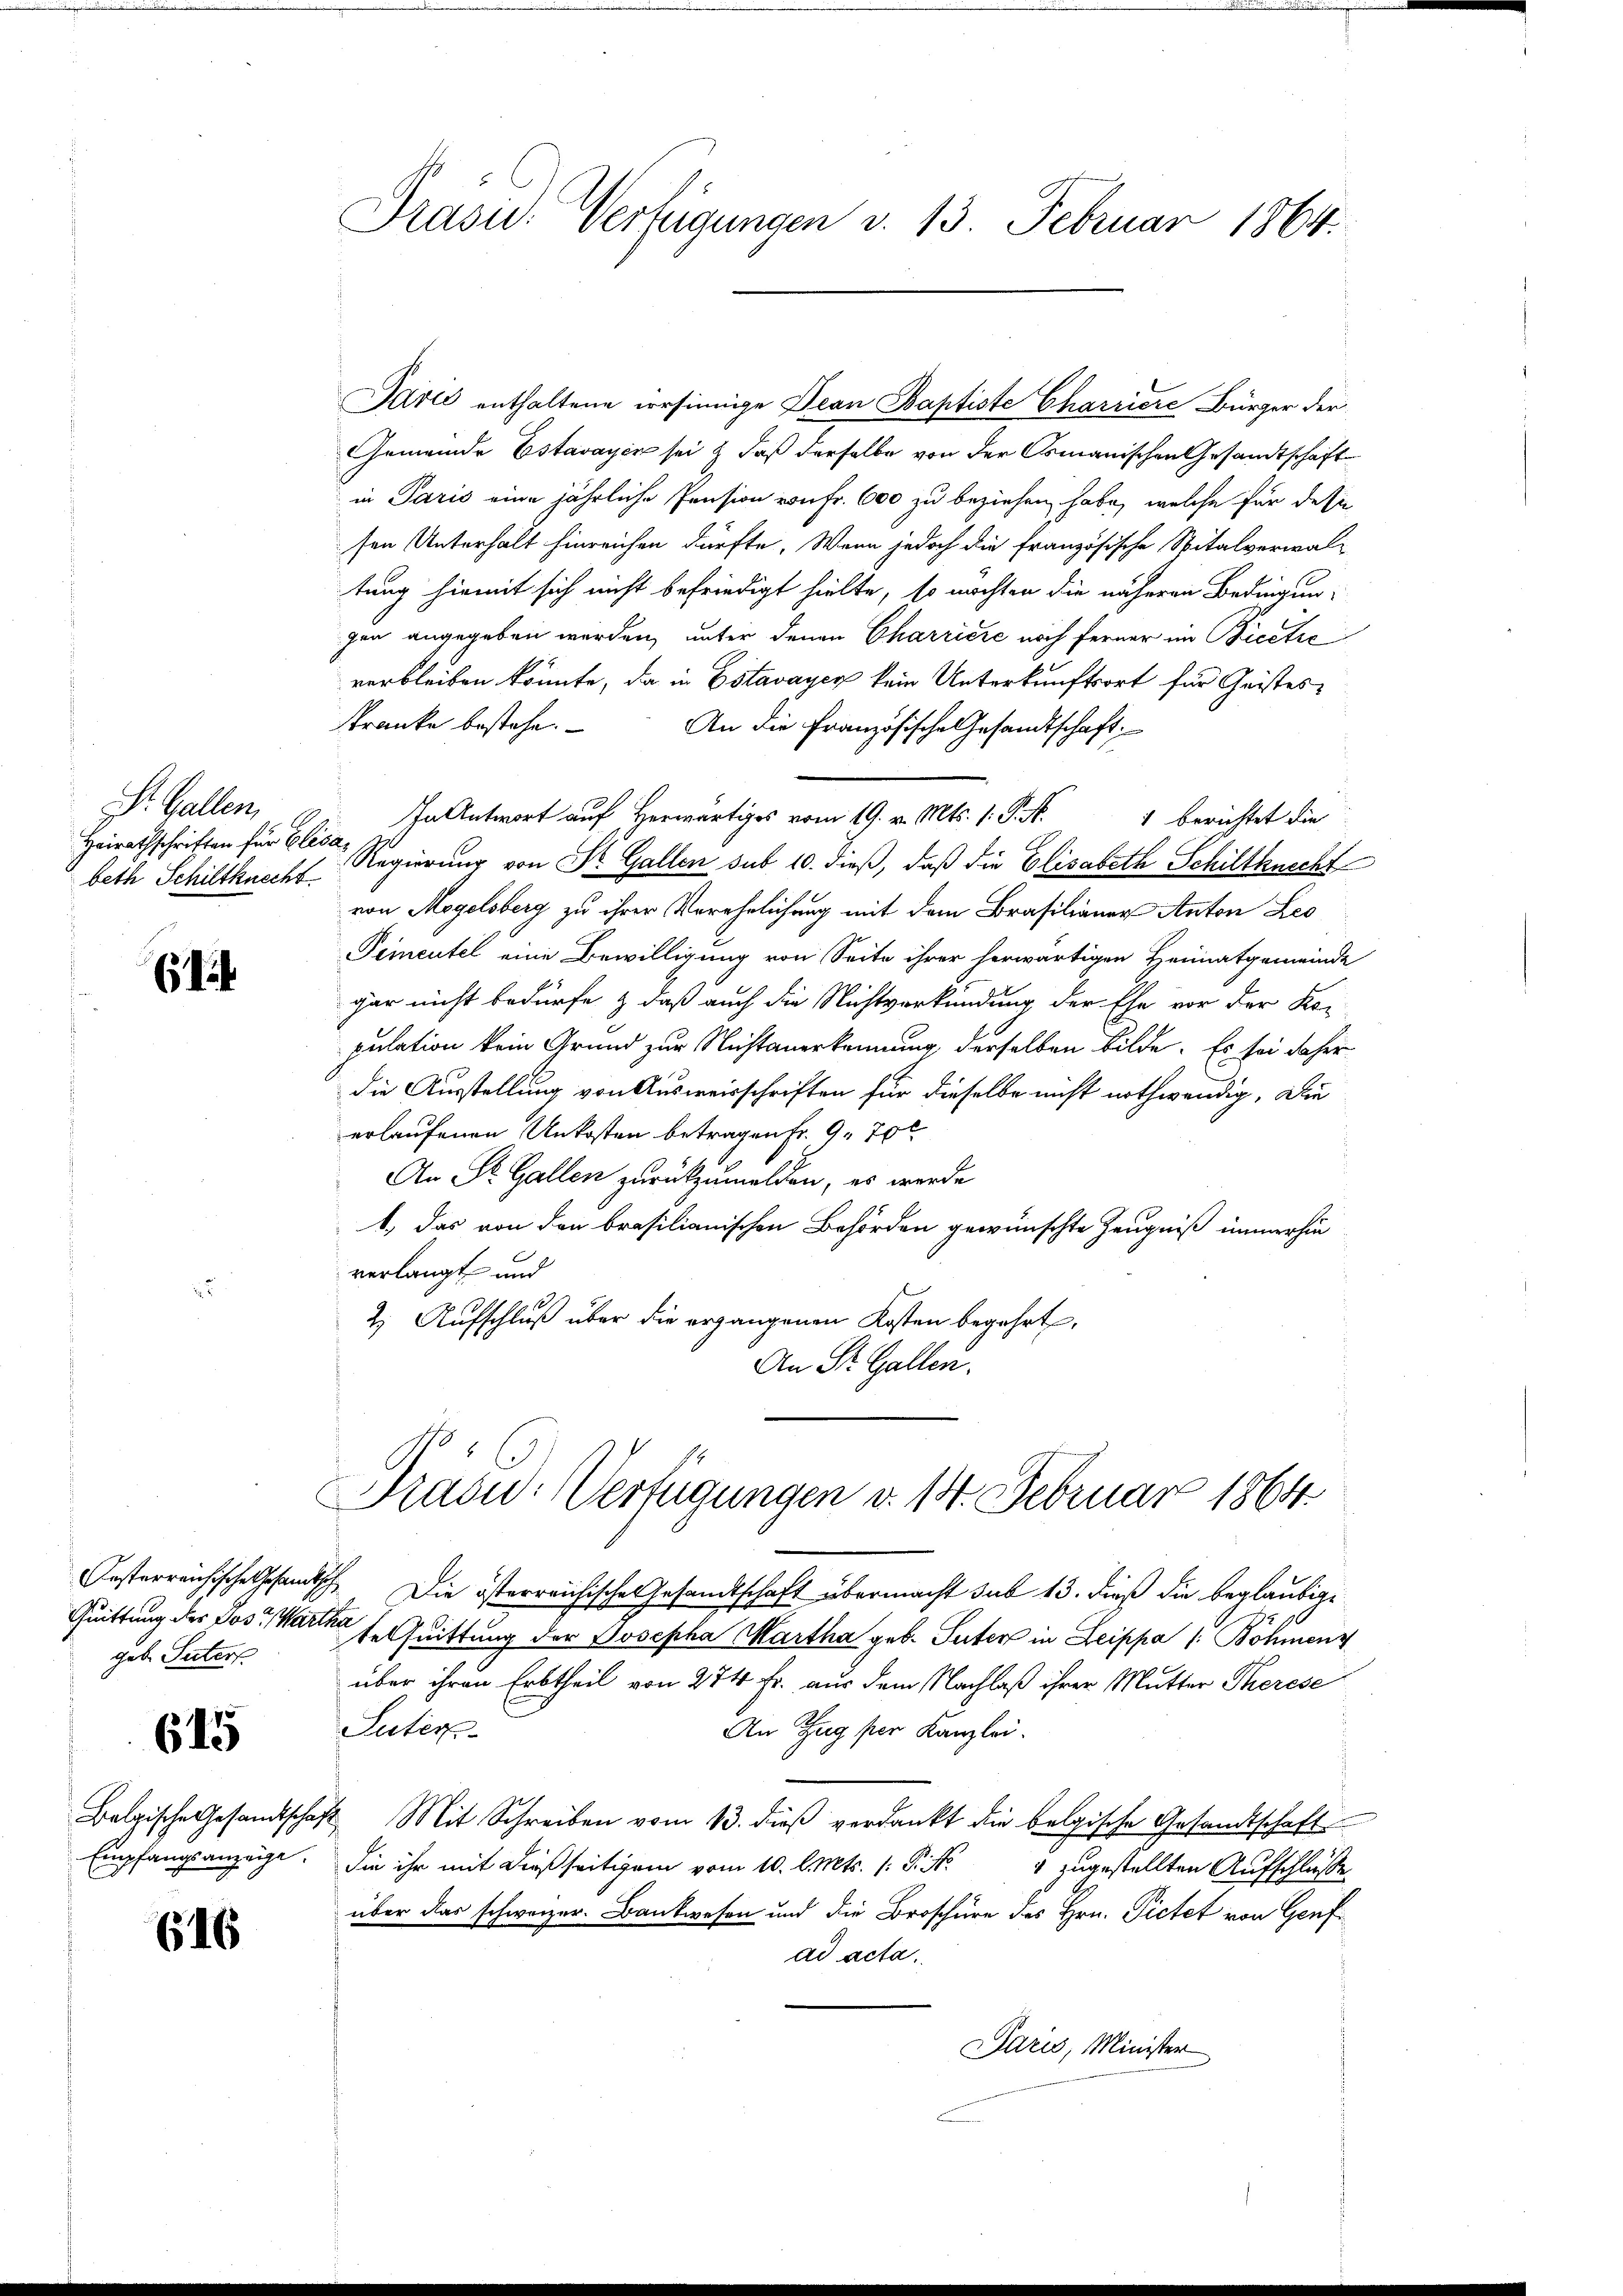
r. Gallen,
Heirathschriften für Elisabeth Schiltkuscht

6

geb. Suters

615

Empfangsanzeige.

616

Präsid. Verfügungen v. 13. Februar 1864.

Jaris enthaltene versinnige Dian Baptiste Charriere Bürger der
Gemeinde Estavayer sei & daß derselbe von der Osmanischen Gesandtschaft
in Paris eine jährliche Pension von Fr. 600 zu beziehen habe, welche für dessie
sen Unterhalt hinreichen dürfte. Wenn jedoch die Französische Spitalverwal-
tung hiemit sich nicht befriedigt hielte, so möchten die näheren Bedingungen angegeben werden, unter denen Charriere noch ferner in Bieetre
verbleiben könnte, da in Estavayer kein Unterkunftsort für Geistes
kranke bestehe. An die Französische Gesandtschaft
In Antwort auf Herwärtiges vom 19. v. Mts. 1. P. M. 1 berichtet die
Regierung von St. Gallen sub 10. dieß, daß die Elisabeth Schiltknecht
von Mogelsberg zu ihrer Verehelichung mit dem Brasilianer Anton Leo
Pementel eine Bewilligung von Seite ihrer herwärtigen Heimatgemeinde
gar nicht bedürfe & daß auch die Nichtverkündung der Ehe vor der Ko-
pulation kein Grund zur Nichtanerkennung, derselben bilde. Es sei daher
die Ausstellung von Ausweisschriften für dieselbe nicht nothwendig. Die
erlaufenen Unkosten betragen Fr. 9. 70
An St. Gallen zurückzumelden, es werde
1.) Das von den brasilianischen Behörden gewünschte Zeugniß immerhin
verlangt und
2) Aufschluß über die ergangenen Kosten begehrt,
An St. Gallen.

Präsid.: Verfügungen v. 18. Februar 1864.

esterreichische Gesamtsch. Die österreichischen Gesamtschaft übermacht sub 13. dieß die beglaubig¬
Quittung des Lose Warte seguittung der Josepha Martha geb. Suter in Leippa /: Böhmen
über ihren Erbtheil von 274 Fr. aus dem Nachlaß ihrer Mutter Therese
Suter
An Zug per Kanzlei
Belgische Gesandtschaft Mit Schreiben vom 13. dieß verdankt die belgische Gesandtschaft
Sie ihr mit dießseitigem vom 10. l. Mts. (: P. Nr. 4 zugestellten Aufschlusse
über das schweizer. Bankwesen und die Broschüre des Hrn. Pictet von Genf
ad acta.
Paris, Minister